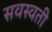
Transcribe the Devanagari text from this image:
सवस्वती